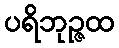
ပရိဘုဉ္ဇထ